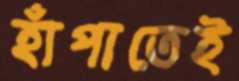
হাঁপাতেই